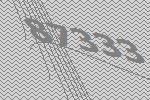
87333